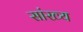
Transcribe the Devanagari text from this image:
सांख्‍य